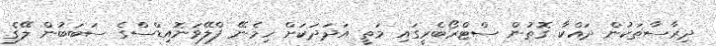
ދިރާސާތަކުން ދައްކާ ގޮތުން ސްޓްރޯބެރީގައި މަތީ އަދަދަކަށް ހިމެނޭ ފްލޭވަނޮއިޑްސްގެ ސަބަބުން ލޭގެ